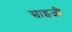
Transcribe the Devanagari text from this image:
साइजी